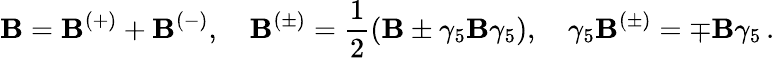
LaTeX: \mathbf{B}=\mathbf{B}^{(+)}+\mathbf{B}^{(-)},\quad\mathbf{B}^{(\pm)}=\frac{1}{2}(\mathbf{B}\pm\gamma_{5}\mathbf{B}\gamma_{5}),\quad\gamma_{5}\mathbf{B}^{(\pm)}=\mp\mathbf{B}\gamma_{5}\, .